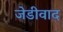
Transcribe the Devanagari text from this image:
जेडीवाद